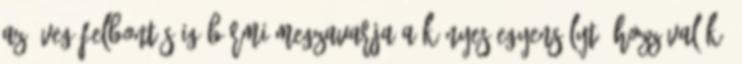
az üveg felbontásáig bármi megzavarja a kényes egyensúlyt. Hozzávalók: